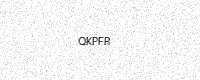
Text: QKPFR